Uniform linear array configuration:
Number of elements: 32
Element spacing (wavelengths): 1
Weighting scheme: hann
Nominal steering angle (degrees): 30
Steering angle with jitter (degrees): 30.24
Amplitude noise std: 0.05
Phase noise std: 0.05

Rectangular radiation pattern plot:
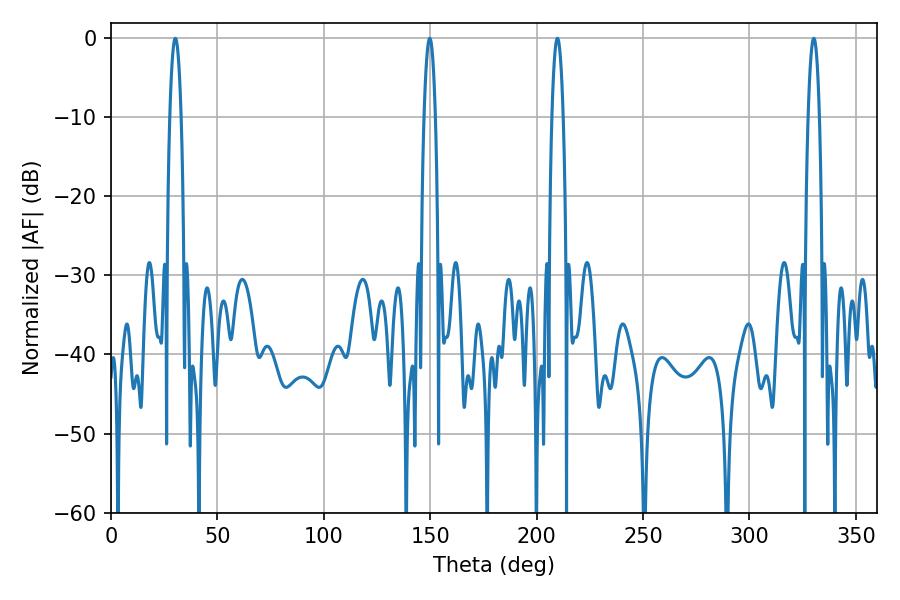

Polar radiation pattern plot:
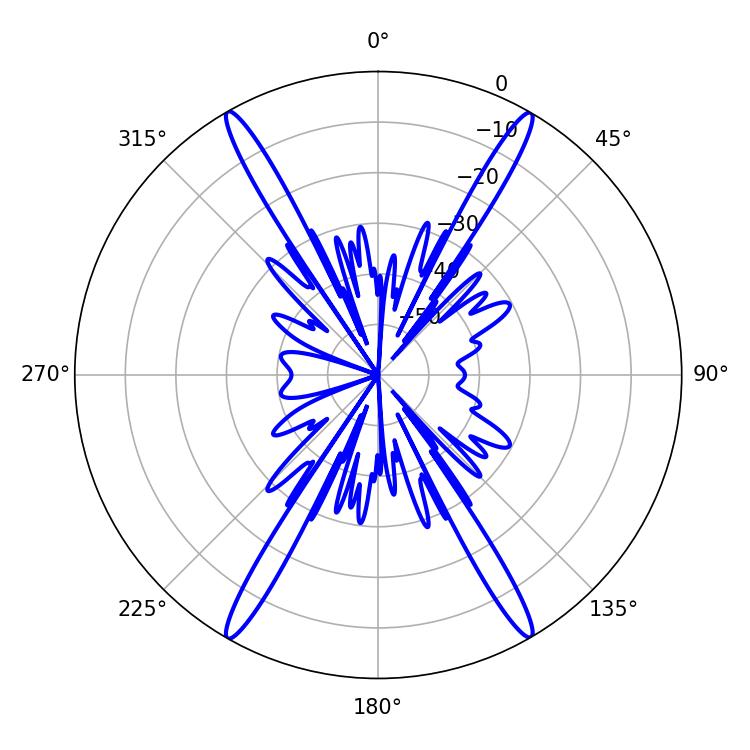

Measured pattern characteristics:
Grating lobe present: TRUE
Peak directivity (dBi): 32.341
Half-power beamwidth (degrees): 2.88
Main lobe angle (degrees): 30.24